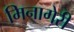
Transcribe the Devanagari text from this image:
मिनागेरी